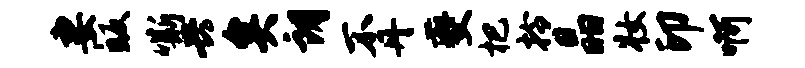
妻皈嘶兴矣朗不丹夔杷拎晶妆印啊